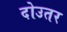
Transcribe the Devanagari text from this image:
दोउतर